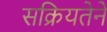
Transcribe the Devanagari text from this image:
सक्रियतेने